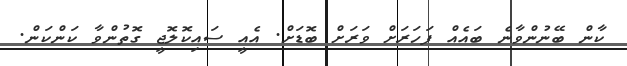
ކާން ބޭނުންވާނެ ބައެއް ފަހަރަށް ވަރަށް ބޮޑަށް. އެއީ ސައިކޮލޮޖީ ގޮތުންވާ ކަންކަން.